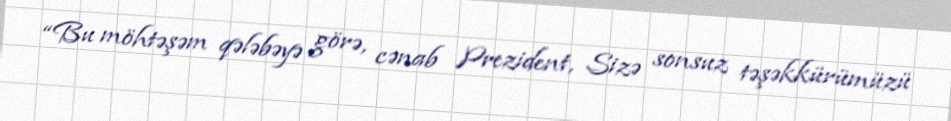
“Bu möhtəşəm qələbəyə görə, cənab Prezident, Sizə sonsuz təşəkkürümüzü